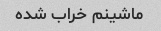
ماشینم خراب شده